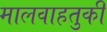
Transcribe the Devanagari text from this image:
मालवाहतुकी